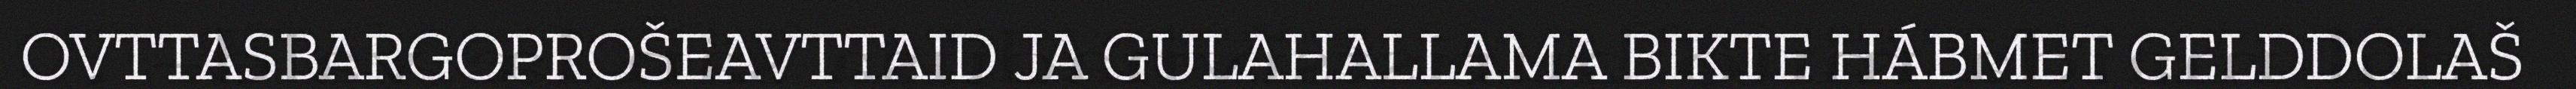
OVTTASBARGOPROŠEAVTTAID JA GULAHALLAMA BIKTE HÁBMET GELDDOLAŠ